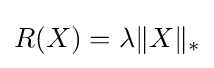
R(X)=\lambda \|X\|_{*}